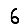
Digit: 6